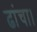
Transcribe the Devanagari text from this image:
ढांचा।